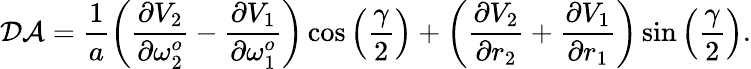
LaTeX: \mathcal{DA}=\frac{1}{a}\left(\frac{\partial V_{2}}{\partial\omega_{2}^{o}}-\frac{\partial V_{1}}{\partial\omega_{1}^{o}}\right)\cos\left(\frac{\gamma}{2}\right)+\left(\frac{\partial V_{2}}{\partial r_{2}}+\frac{\partial V_{1}}{\partial r_{1}}\right)\sin\left(\frac{\gamma}{2}\right).